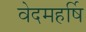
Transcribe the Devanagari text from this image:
वेदमहर्षि